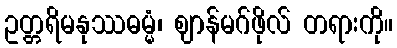
ဥတ္တရိမနုဿဓမ္မံ၊ ဈာန်မဂ်ဖိုလ် တရားကို။